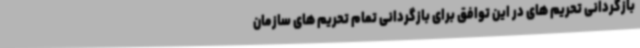
بازگردانی تحریم های در این توافق برای بازگردانی تمام تحریم های سازمان